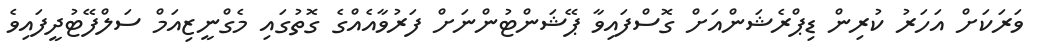
ވަރަކަށް އަހަރު ކުރިން ޑިޕްރެޝަންއަށް ގޮސްފައިވާ ޕޭޝަންޓުންނަށް ފަރުވާއެއްގެ ގޮތުގައި މެގްނީޒިއަމް ސަލްފޭޓުދީފައިވެ